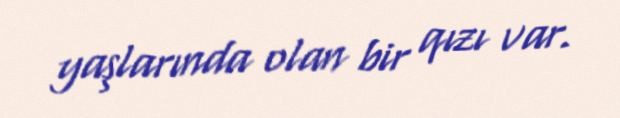
yaşlarında olan bir qızı var.